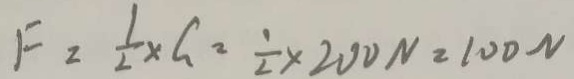
F = \frac { 1 } { 2 } \times G = \frac { 1 } { 2 } \times 2 0 0 N = 1 0 0 N